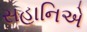
સહાનિએ